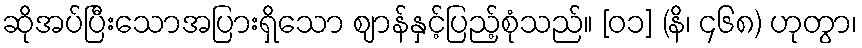
ဆိုအပ်ပြီးသောအပြားရှိသော ဈာန်နှင့်ပြည့်စုံသည်။ [၀၁] (နိ၊ ၄၆၈) ဟုတွာ၊